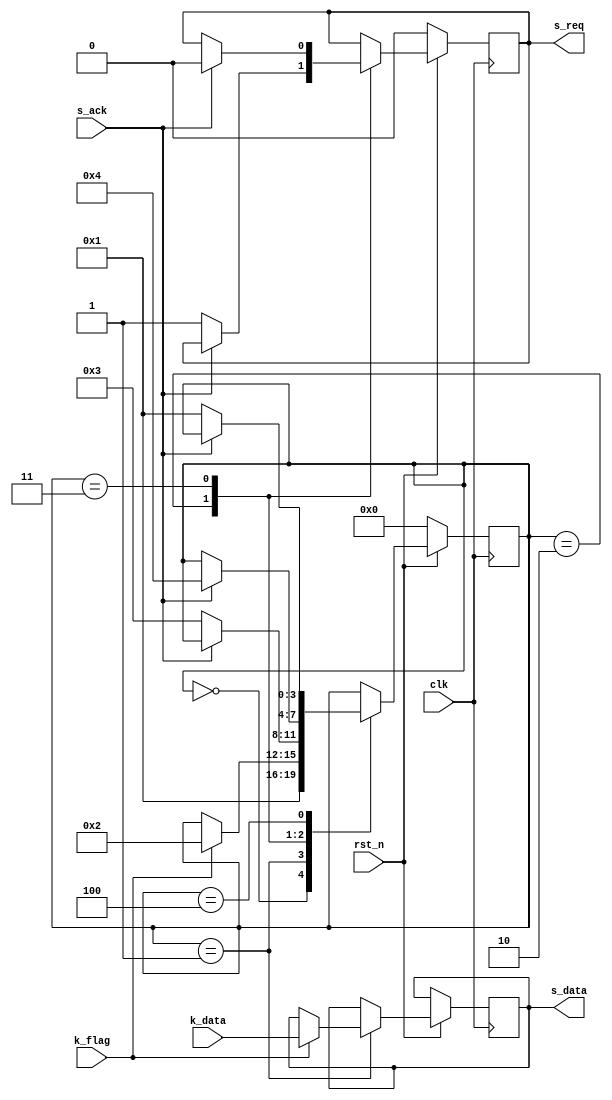

module control(
    input clk,
    input rst_n,
    input [7:0] k_data, // Dados do teclado
    input k_flag, // Flag que indica quando o dado do teclado est pronto para ser lido
    // output k_en, // Habilitador do teclado
    output reg s_req, // Habilitador da serial
    output reg [7:0] s_data, // Dados da serial
    input s_ack // Flag que indica que o dado foi enviado
);

localparam IDLE = 0;
localparam WAIT_DATA = 1;
localparam SEND_DATA = 2;
localparam WAIT_ACK1 = 3;
localparam WAIT_ACK0 = 4;

//typedef enum { 
//    IDLE,
//    WAIT_DATA,
//    SEND_DATA,
//    WAIT_ACK1,
//    WAIT_ACK0
//} state_t;


reg [3:0]state;


always @(posedge clk) begin
    if (rst_n == 1'b0) begin
        state <= IDLE;
        s_req <= 1'b0;
    end else begin
        case (state)
        IDLE: begin
            state <= WAIT_DATA;
        end
        WAIT_DATA: begin
            if(k_flag == 1'b1) begin
                s_data <= k_data;
                state <= SEND_DATA;
            end
        end
        SEND_DATA: begin
            if(~s_ack) begin
                s_req <= 1'b1;
                state <= WAIT_ACK1;
            end
        end
        WAIT_ACK1: begin
            if(s_ack) begin
                s_req <= 1'b0;
                state <= WAIT_ACK0;
            end
        end
        WAIT_ACK0: begin
            if(~s_ack) begin
                state <= WAIT_DATA;
            end
        end
        endcase
    end
end


endmodule